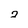
Character: 2